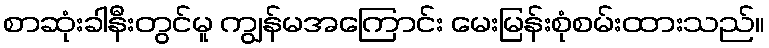
စာဆုံးခါနီးတွင်မူ ကျွန်မအကြောင်း မေးမြန်းစုံစမ်းထားသည်။